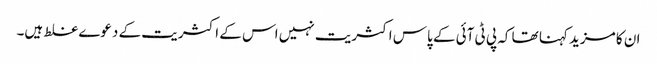
ان کا مزید کہنا تھا کہ پی ٹی آئی کے پاس اکثریت نہیں اس کے اکثریت کے دعوے غلط ہیں۔